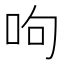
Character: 呴